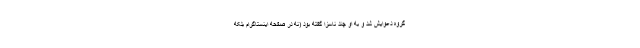
گروه دعوایش شد و به او چند ناسزا گفته بود (نه در صفحه اینستاگرام بلکه